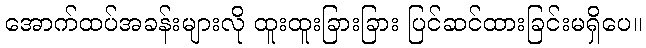
အောက်ထပ်အခန်းများလို ထူးထူးခြားခြား ပြင်ဆင်ထားခြင်းမရှိပေ။